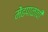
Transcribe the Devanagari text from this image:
मेंढपाळाची